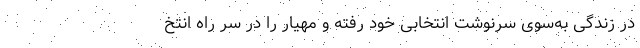
در زندگی به‌سوی سرنوشت انتخابی خود رفته و مهیار را در سر راه انتخ